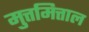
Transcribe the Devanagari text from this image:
मुत्तमित्ताल